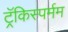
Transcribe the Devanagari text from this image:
ट्रॅकिस्पर्मम